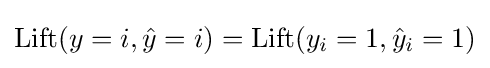
\mathrm {Lift} (y=i,{\hat {y}}=i)=\mathrm {Lift} (y_{i}=1,{\hat {y}}_{i}=1)